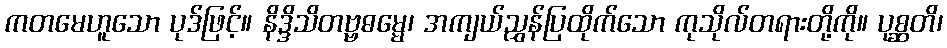
ကတမေဟူသော ပုဒ်ဖြင့်။ နိဒ္ဒိသိတဗ္ဗဓမ္မေ၊ အကျယ်ညွှန်ပြထိုက်သော ကုသိုလ်တရားတို့ကို။ ပုစ္ဆတိ၊